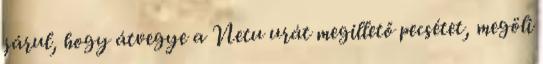
járul, hogy átvegye a Netu urát megillető pecsétet, megöli